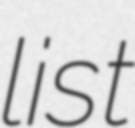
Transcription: list